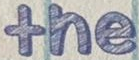
the